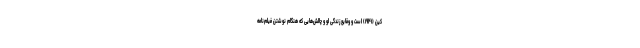
کین (۱۹۴۱) است و وقایع زندگی او و چالش‌هایی که هنگام نوشتن فیلم‌نامه